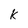
Character: k